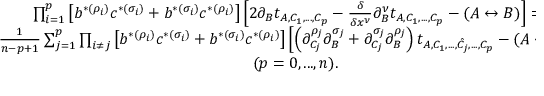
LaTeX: \begin{array} { c } { { \prod _ { i = 1 } ^ { p } \left[ b ^ { * ( \rho _ { i } ) } c ^ { * ( \sigma _ { i } ) } + b ^ { * ( \sigma _ { i } ) } c ^ { * ( \rho _ { i } ) } \right] \left[ 2 \partial _ { B } t _ { A , C _ { 1 } , . . . , C _ { p } } - { \frac { \delta } { \delta x ^ { \nu } } } \partial _ { B } ^ { \nu } t _ { A , C _ { 1 } , . . . , C _ { p } } - ( A \leftrightarrow B ) \right] = \nonumber } } \\ { { { \frac { 1 } { n - p + 1 } } \sum _ { j = 1 } ^ { p } \prod _ { i \not = j } \left[ b ^ { * ( \rho _ { i } ) } c ^ { * ( \sigma _ { i } ) } + b ^ { * ( \sigma _ { i } ) } c ^ { * ( \rho _ { i } ) } \right] \left[ \left( \partial _ { C _ { j } } ^ { \rho _ { j } } \partial _ { B } ^ { \sigma _ { j } } + \partial _ { C _ { j } } ^ { \sigma _ { j } } \partial _ { B } ^ { \rho _ { j } } \right) t _ { A , C _ { 1 } , . . . , \hat { C _ { j } } , . . . , C _ { p } } - ( A \leftrightarrow B ) \right] \nonumber } } \\ { { \quad ( p = 0 , . . . , n ) . } } \end{array}